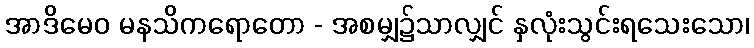
အာဒိမေဝ မနသိကရောတော - အစမျှ၌သာလျှင် နှလုံးသွင်းရသေးသော၊